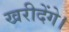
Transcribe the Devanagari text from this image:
खरीदेंगे।